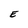
Character: E